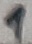
Text: 1